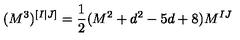
( M ^ { 3 } ) ^ { [ I | J ] } = \frac { 1 } { 2 } ( M ^ { 2 } + d ^ { 2 } - 5 d + 8 ) M ^ { I J }